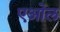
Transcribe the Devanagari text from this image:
एओल